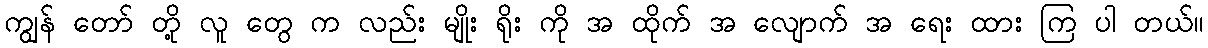
ကျွန် တော် တို့ လူ တွေ က လည်း မျိုး ရိုး ကို အ ထိုက် အ လျောက် အ ရေး ထား ကြ ပါ တယ်။